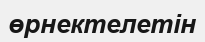
өрнектелетін